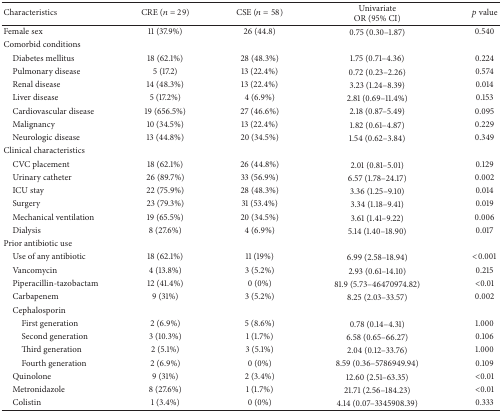
<table><thead><tr><td><b>Characteristics</b></td><td><b>CRE (<i>n</i> = 29)</b></td><td><b>CSE (<i>n</i> = 58)</b></td><td><b>Univariate OR (95% CI)</b></td><td><b><i>p</i> value</b></td></tr></thead><tbody><tr><td>Female sex</td><td>11 (37.9%)</td><td>26 (44.8)</td><td>0.75 (0.30–1.87)</td><td>0.540</td></tr><tr><td>Comorbid conditions </td><td> </td><td> </td><td> </td><td> </td></tr><tr><td> Diabetes mellitus</td><td>18 (62.1%)</td><td>28 (48.3%)</td><td>1.75 (0.71–4.36)</td><td>0.224</td></tr><tr><td> Pulmonary disease</td><td>5 (17.2)</td><td>13 (22.4%)</td><td>0.72 (0.23–2.26)</td><td>0.574</td></tr><tr><td> Renal disease</td><td>14 (48.3%)</td><td>13 (22.4%)</td><td>3.23 (1.24–8.39)</td><td>0.014</td></tr><tr><td> Liver disease</td><td>5 (17.2%)</td><td>4 (6.9%)</td><td>2.81 (0.69–11.4%)</td><td>0.153</td></tr><tr><td> Cardiovascular disease</td><td>19 (656.5%)</td><td>27 (46.6%)</td><td>2.18 (0.87–5.49)</td><td>0.095</td></tr><tr><td> Malignancy</td><td>10 (34.5%)</td><td>13 (22.4%)</td><td>1.82 (0.61–4.87)</td><td>0.229</td></tr><tr><td> Neurologic disease</td><td>13 (44.8%)</td><td>20 (34.5%)</td><td>1.54 (0.62–3.84)</td><td>0.349</td></tr><tr><td>Clinical characteristics</td><td> </td><td> </td><td> </td><td> </td></tr><tr><td> CVC placement </td><td>18 (62.1%)</td><td>26 (44.8%)</td><td>2.01 (0.81–5.01)</td><td>0.129</td></tr><tr><td> Urinary catheter</td><td>26 (89.7%)</td><td>33 (56.9%)</td><td>6.57 (1.78–24.17)</td><td>0.002</td></tr><tr><td> ICU stay </td><td>22 (75.9%)</td><td>28 (48.3%)</td><td>3.36 (1.25–9.10)</td><td>0.014</td></tr><tr><td> Surgery</td><td>23 (79.3%)</td><td>31 (53.4%)</td><td>3.34 (1.18–9.41)</td><td>0.019</td></tr><tr><td> Mechanical ventilation</td><td>19 (65.5%)</td><td>20 (34.5%)</td><td>3.61 (1.41–9.22)</td><td>0.006</td></tr><tr><td> Dialysis</td><td>8 (27.6%)</td><td>4 (6.9%)</td><td>5.14 (1.40–18.90)</td><td>0.017</td></tr><tr><td>Prior antibiotic use</td><td> </td><td> </td><td> </td><td> </td></tr><tr><td> Use of any antibiotic</td><td>18 (62.1%)</td><td>11 (19%)</td><td>6.99 (2.58–18.94)</td><td>&lt;0.001</td></tr><tr><td> Vancomycin</td><td>4 (13.8%)</td><td>3 (5.2%)</td><td>2.93 (0.61–14.10)</td><td>0.215</td></tr><tr><td> Piperacillin-tazobactam</td><td>12 (41.4%)</td><td>0 (0%)</td><td>81.9 (5.73–46470974.82)</td><td>&lt;0.01</td></tr><tr><td> Carbapenem</td><td>9 (31%)</td><td>3 (5.2%)</td><td>8.25 (2.03–33.57)</td><td>0.002</td></tr><tr><td> Cephalosporin</td><td> </td><td> </td><td> </td><td> </td></tr><tr><td>First generation</td><td>2 (6.9%)</td><td>5 (8.6%)</td><td>0.78 (0.14–4.31)</td><td>1.000</td></tr><tr><td>Second generation</td><td>3 (10.3%)</td><td>1 (1.7%)</td><td>6.58 (0.65–66.27)</td><td>0.106</td></tr><tr><td>Third generation</td><td>2 (5.1%)</td><td>3 (5.1%)</td><td>2.04 (0.12–33.76)</td><td>1.000</td></tr><tr><td>Fourth generation</td><td>2 (6.9%)</td><td>0 (0%)</td><td>8.59 (0.36–5786949.94)</td><td>0.109</td></tr><tr><td> Quinolone</td><td>9 (31%)</td><td>2 (3.4%)</td><td>12.60 (2.51–63.35)</td><td>&lt;0.01</td></tr><tr><td> Metronidazole</td><td>8 (27.6%)</td><td>1 (1.7%)</td><td>21.71 (2.56–184.23)</td><td>&lt;0.01</td></tr><tr><td> Colistin </td><td>1 (3.4%)</td><td>0 (0%)</td><td>4.14 (0.07–3345908.39)</td><td>0.333</td></tr></tbody></table>